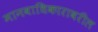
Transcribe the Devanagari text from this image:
मानवाधिकारावरील